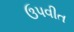
ઉપવીત